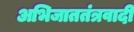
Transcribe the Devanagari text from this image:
अभिजाततंत्रवादी